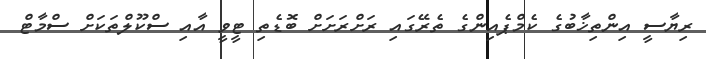
ރިޔާސީ އިންތިޚާބުގެ ކެމްޕެއިންގެ ތެރޭގައި ރަށްރަށަށް ބޮޑެތި ޓީވީ އާއި ސްކޫލްތަކަށް ސްމާޓް